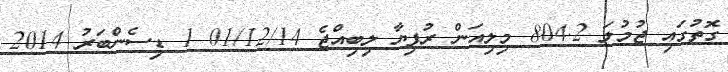
ގޮތުގައި ޖުމުލަ 804.2 މިލިއަން ރުފިޔާ ލިބިއްޖެ 01/12/14 1 ޑިސެންބަރު 2014